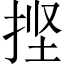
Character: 𰓱